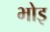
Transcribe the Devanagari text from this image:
भोइ